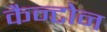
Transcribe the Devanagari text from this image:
कैन्टोन